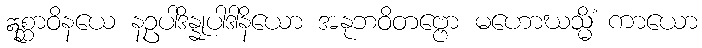
ဣစ္ဆာဝိနယေ နဥပါဒိန္နုပါဒါနိယော အနုဘဝိတဗ္ဗော မဟောဃသ္မိံ ကာယော